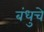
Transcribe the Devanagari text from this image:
बंधुचे